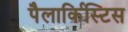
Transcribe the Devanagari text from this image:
पैलार्किस्टिस